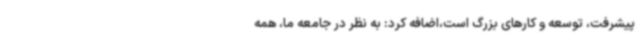
پیشرفت، توسعه و کارهای بزرگ است،اضافه کرد: به نظر در جامعه ما، همه